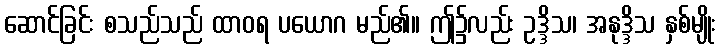
ဆောင်ခြင်း စသည်သည် ထာဝရ ပယောဂ မည်၏။ ဤ၌လည်း ဥဒ္ဒိသ၊ အနုဒ္ဒိသ နှစ်မျိုး